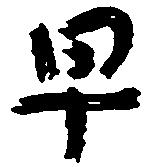
早